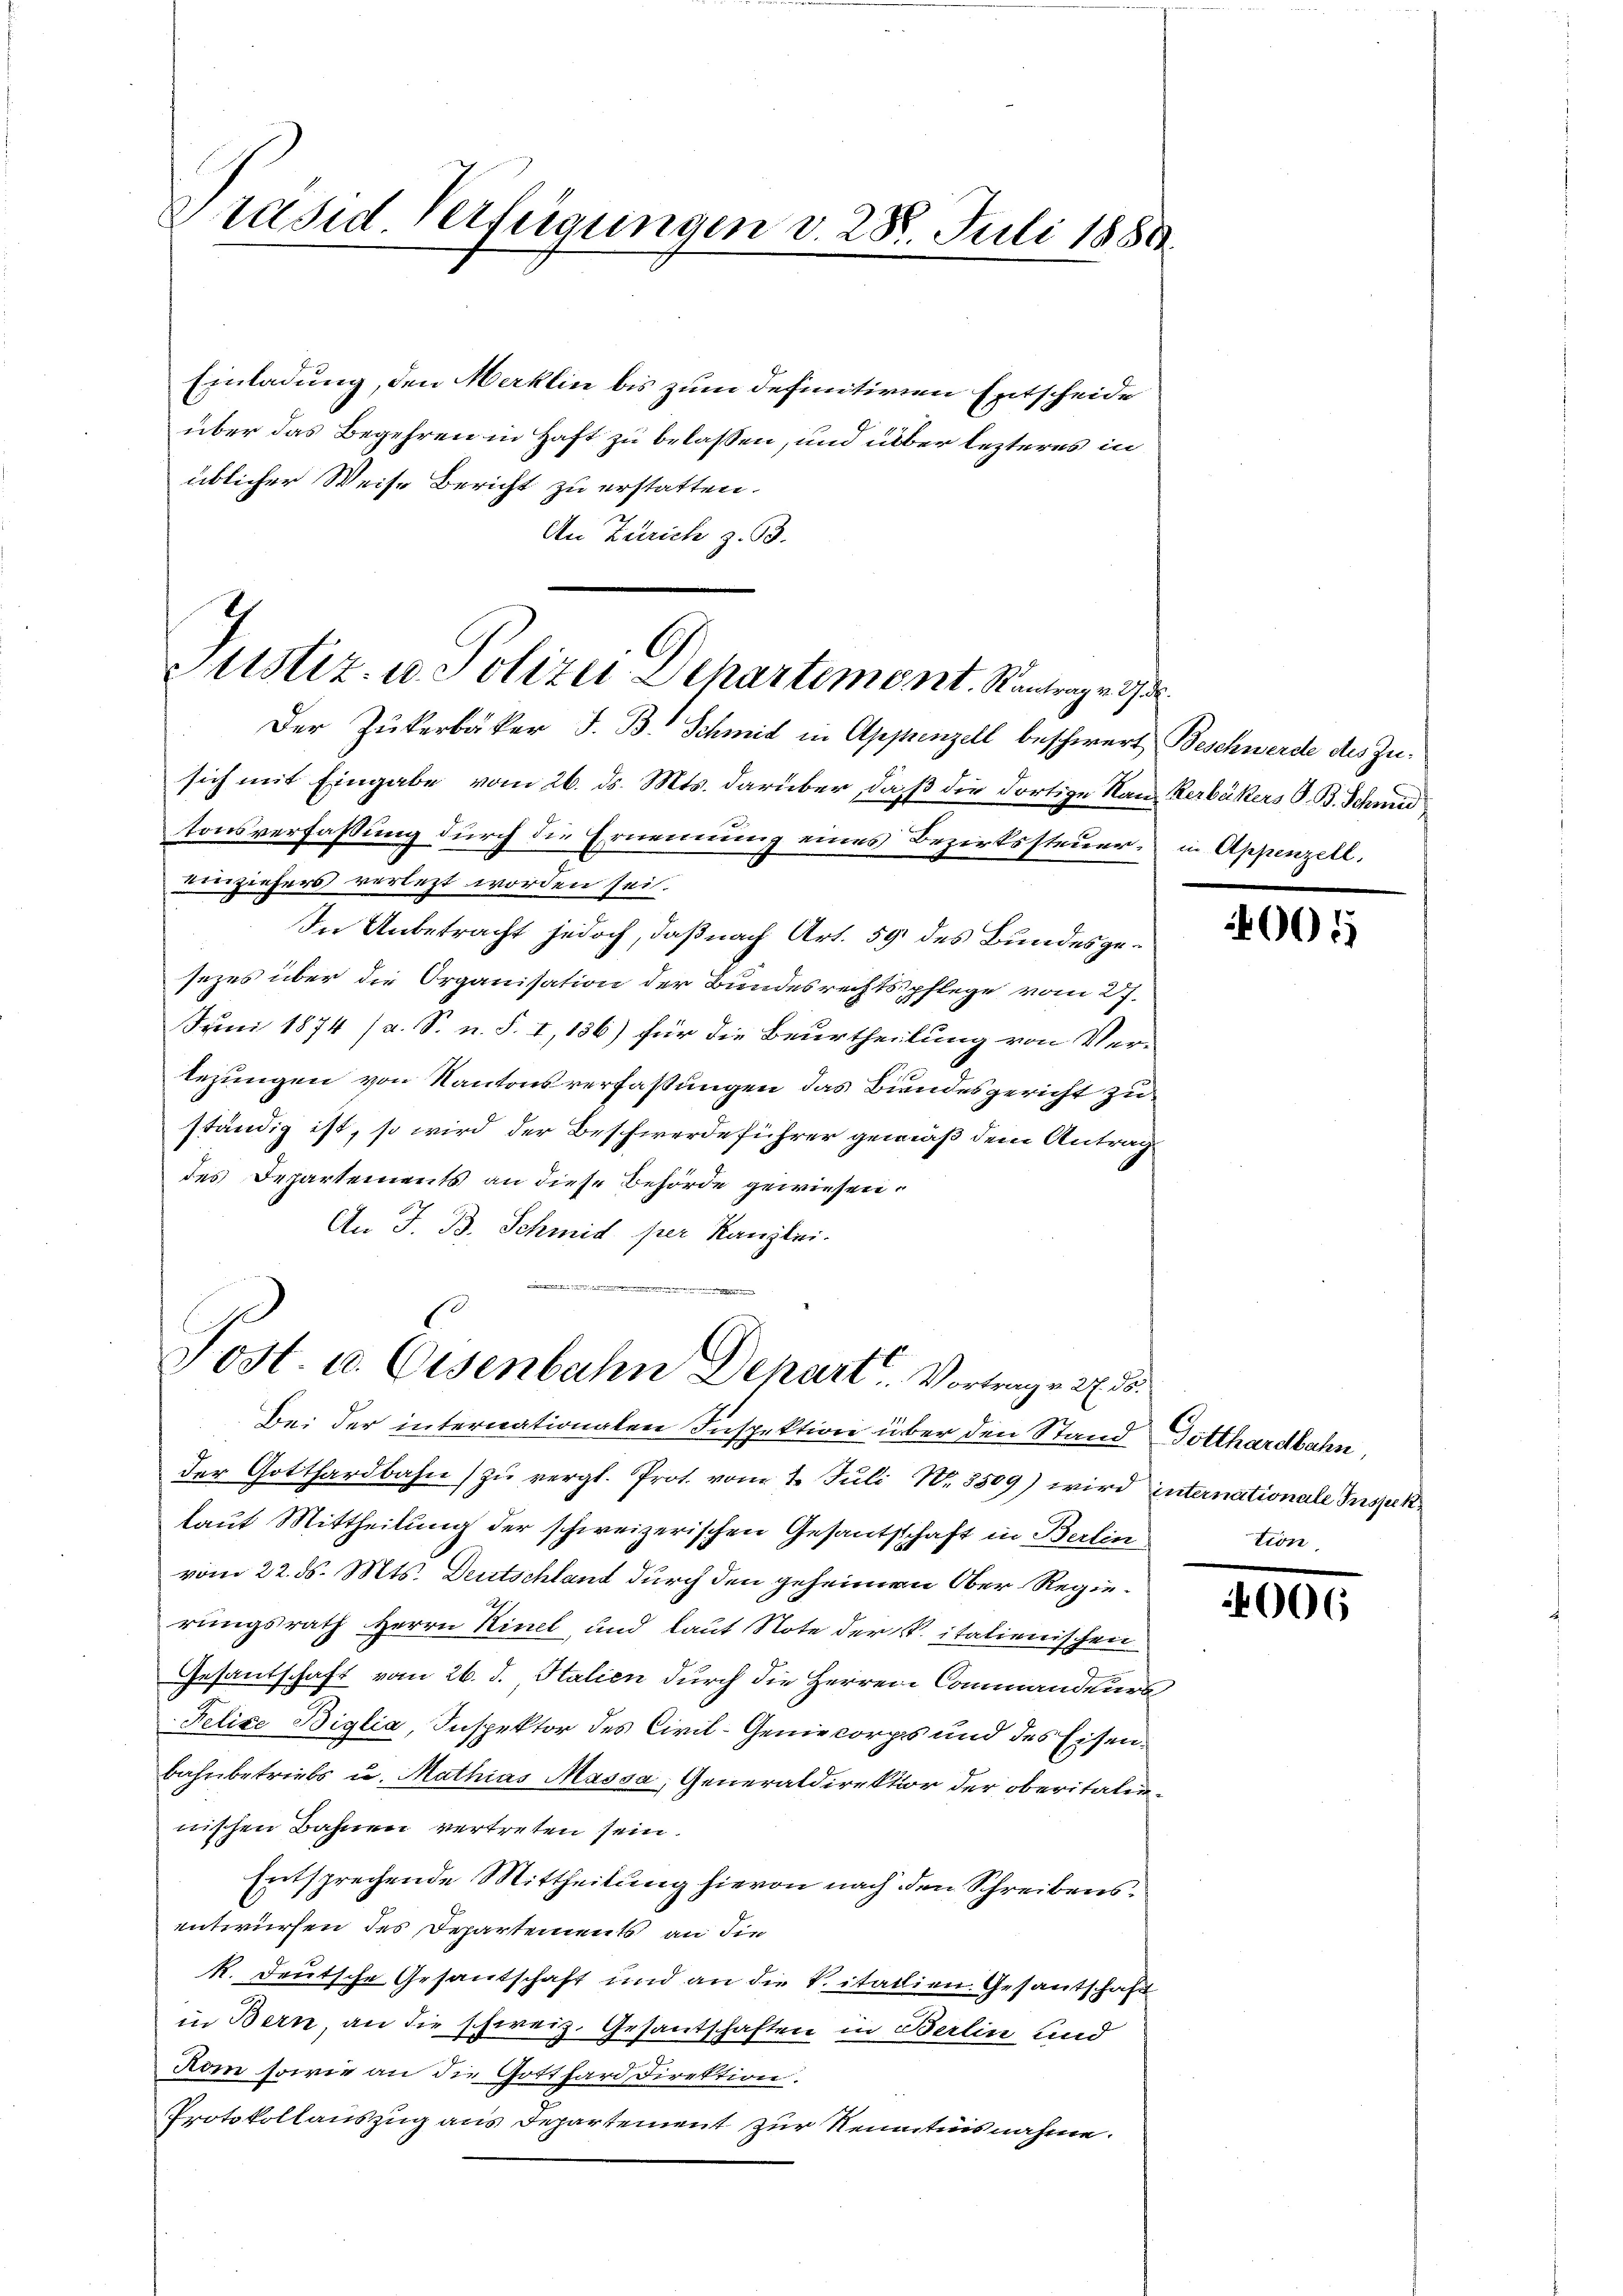
Präsid Verfügungen d. 288. Juli 1888.

Einladung, den Marklin bis zum definitiven Entscheide
über das Begehren in Haft zu belassen, und über lezteres in
üblicher Weise Bericht zu erstatten.
An Zürich z. B.

A
Sistiz- u. Polizei-Departement. Kontrag v. 3. d.

Post. u. Eisenbahn Depart Vortrage 2. d.

Der Zukerbäker J. B. Schmid in Appenzell beschwert Beschwerde des Zusich mit Eingabe vom 26. ds. Mts. darüber, daß die dortige Nan Kerbäckers S. B. Schmid
tonsverfassung durch die Ernennung eines Bezirkssteuer in Appenzell,
einziehers verletzt worden sei.
In Anbetracht jedoch, daß nach Art. 59 des Bundesgesezes über die Organisation der Bundesrechtspflege vom 27.
Juni 1874 (s. S. n. F. I, 136) für die Beurtheilung von Vertezungen von Kantonsverfassungen das Biendesgericht zu
ständig ist, so wird der Beschwerdeführer gemäß dem Antrag
des Departements an diese Behörde gewiesen.
An J. B. Schmid per Kanzlei.
t

Bei der internationalen Inspektion über den Stand Dotthardbahn,
der Gotthardbahn zu vergl. Prot. vom 1. Juli N. 3509) wird internationale Inspeck
laut Mittheilung der schweizerischen Gesantschaft in Berlin
vom 22. ds. Mts. Deutschland durch den geheimen Ober Regierungsrath Herrn Kinel, und laut Note der P. italienischen
Gesantschaft vom 26. d. Italien durch die Herren Commandeurs
Felixe Biglia, Inspektor des Civil-Geniecorps und des Eisenbahnbetriebs u. Mathias Massa, Generaldirektion der oberitalinnischen Bahnen vertreten sein.
Entsprechende Mittheilung hievon nach den Schreibensentwürfen des Departements an die
k. Deutsche Gesandschaft und an die Vitalien. Gesantschaft
in Bern, an die schweiz. Gesantschaften in Berlin und
Rom sowie an die Gotthard Direktion.
Protokollauszug aus Departement zur Kenntnisnahme.

005

tion

006